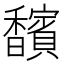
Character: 馪